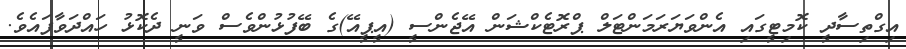
އިގްތިސާދީ ކޮމިޓީގައި އެންވަޔަރަމަންޓަލް ޕްރޮޓެކްޝަން އޭޖެންސީ (އީޕީއޭ)ގެ ބޭފުޅުންވެސް ވަނީ ދެކޮޅު ހައްދަވާފައެވެ.